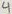
Text: 4